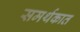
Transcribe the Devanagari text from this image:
समर्थकात